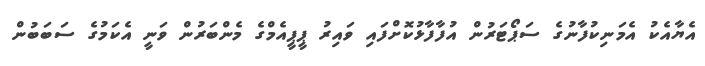
އެޔާއެކު އެމަނިކުފާނުގެ ސަޕޯޓަރުން އުފާފާޅުކޮށްފައި ވައިރު ޕީޕީއެމްގެ މެންބަރުން ވަނީ އެކަމުގެ ސަބަބުން